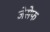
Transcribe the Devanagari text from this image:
जेसेफ